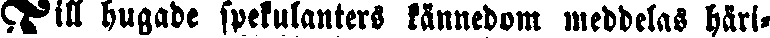
Till hugade spekulanters kännedom meddelas häri-